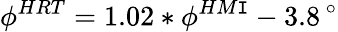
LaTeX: \phi^{HRT}=1.02\ast\phi^{HM\mathtt{I}}-3.8\, ^{\circ}